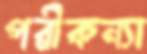
পরীকন্যা